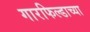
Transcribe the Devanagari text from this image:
गारफिल्डाच्या